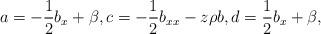
LaTeX: \begin{align*} a = -\frac{1}{2}b_{x} + \beta, c = -\frac{1}{2}b_{xx}-z\rho b, d = \frac{1}{2}b_{x} + \beta, \end{align*}